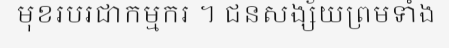
មុខរបរជាកម្មករ ។ ជនសង្ស័យព្រមទាំង